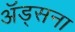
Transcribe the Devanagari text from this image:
अॅड्सना